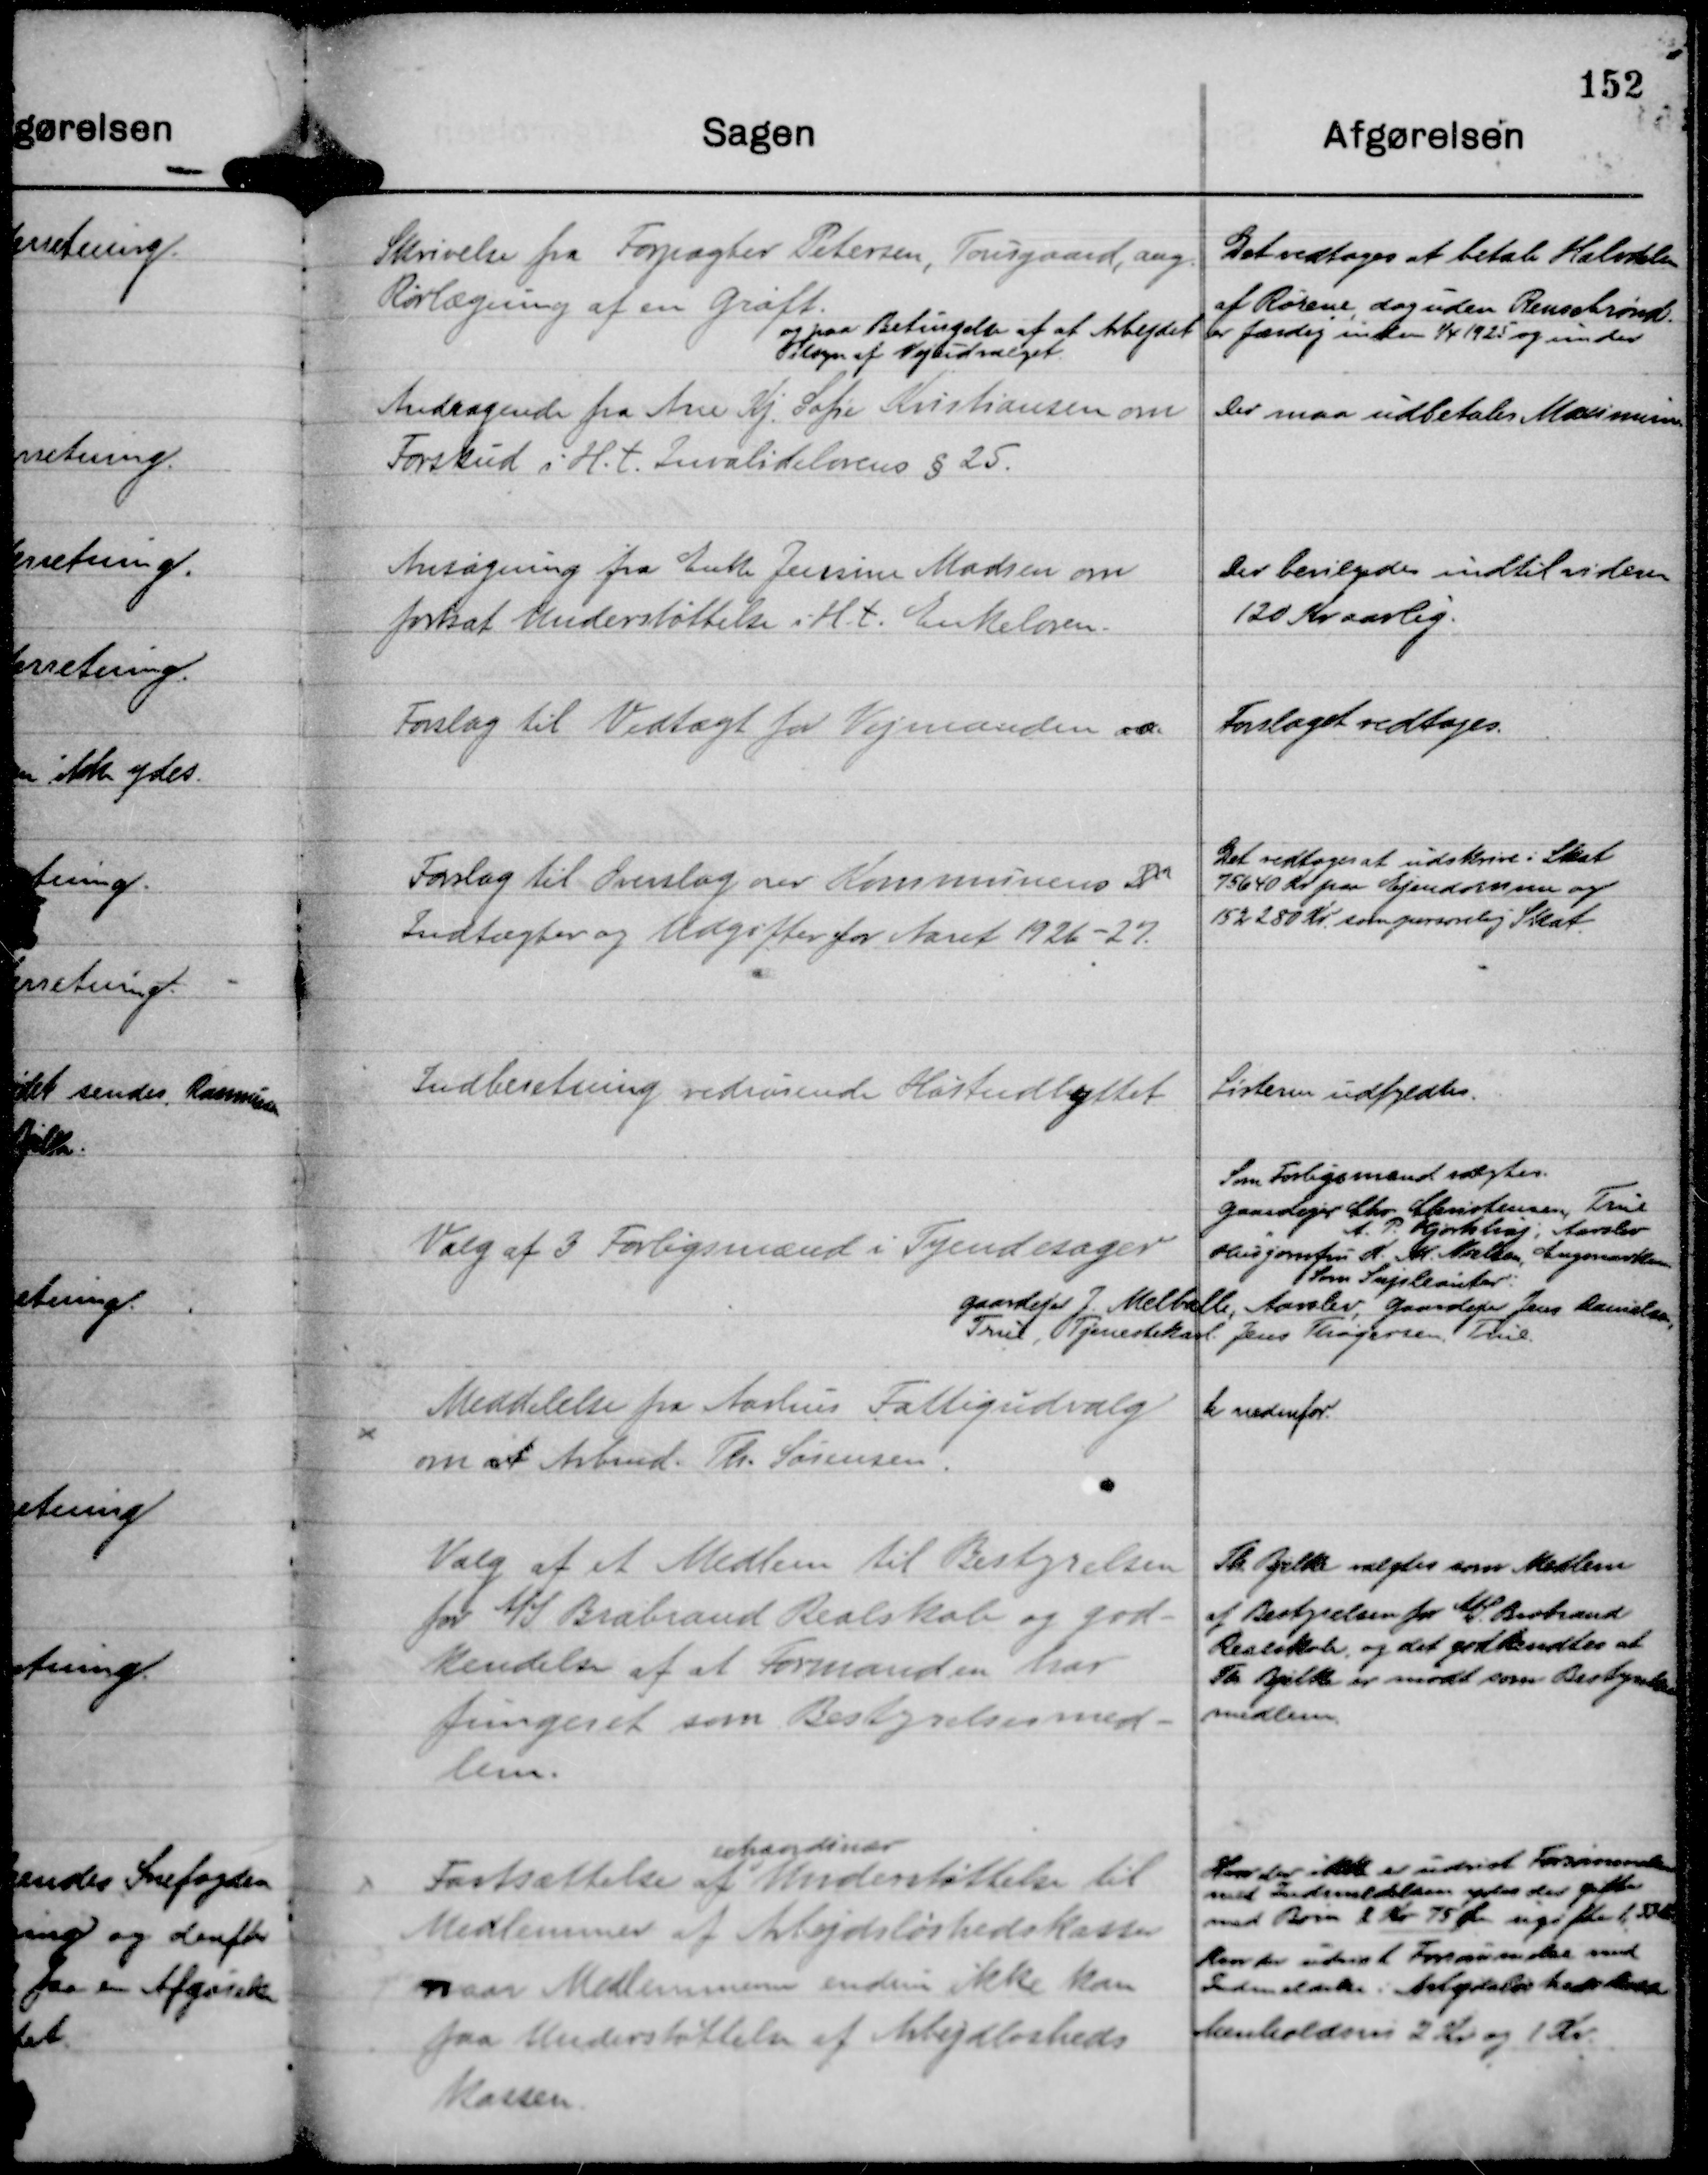
Transskription:
Skrivelse fra Forpagter Petersen, Tousgaard, ang.
Rørlægning af en Grøft.

Det vedtoges at betale Halvdelen
af Rørene, dog uden Rensebrønd
og paa Betingelse af at Arbejdet er færdig inden 1/4 1925 og under
Tilsyn af Vejudvalget.

Andragende fra Ane Kj. Sofie Kristiansen om
Forskud i H. t. Invalidelovens § 25.

Der maa udbetales Maximum.

Ansøgning fra Enke Jensine Madsen om
fortsat Understøttelse i H. t. Enkeloven.

Der bevilges indtil videre
120 Kr aarlig.

Forslag til Vedtægt for Vejmanden aa.

Forslaget vedtoges.

Forslag til Overslag over Kommunens In
Indtægter og Udgifter for Aaret 1926 - 27.

Det vedtoges at udskrive i Skat
75640 Kr paa Ejendomme og
152280 Kr. som personlig Skat.

Indberetning vedrørende Høstudbyttet

Listerne udfyldtes.

Valg af 3 Forligsmænd i Tyendesager

Som Forligsmand valgtes.
Gaardejer Chr Christensen, True
"
A. P. Hjortshøj, Aarslev
Husjomfru D. M. Nielsen, Engmarken
Som Supleanter:
Gaardejer J. Melballe, Aarslev, Gaardejer Jens Danielsen,
True, Tjenestekarl. Jens Thøgersen, True.

Meddelelse fra Aarhus Fattigudvalg
om at Arbmd. Th. Sørensen.

Se nedenfor.

Valg af et Medlem til Bestyrelsen
for A/S Brabrand Realskole og god-
kendelse af at Formanden har
fungeret som Bestyrelsesmed-
lem.

Th. Bjelke valgtes som Medlem
af Bestyrelsen for A/S Brabrand
Realskole, og det godkendtes at
Th Bjelke er mødt som Bestyrelses
medlem.

Fastsættelse af
extraordinær
Understøttelse til
Medlemmer af Arbejdsløshedskassen
naar Medlemmerne endnu ikke kan
faa Understøttelse af Arbejdsløsheds
kassen.

Hvor der ikke er udvist Forsømmelser
med Indmeldelsen ydes der gifte
med Børn 2 Kr 75 Øre ugifte 1,33 Kr.
Hvor der udvist Forsømmelse med
Indmeldelse i Arbejdsløshedskasse
henholdsvis 2 Kr og 1 Kr.